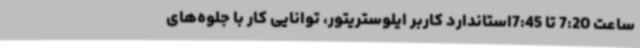
ساعت 7:20 تا 7:45استاندارد کاربر ایلوستریتور، توانایی کار با جلوه‌های